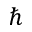
\hbar